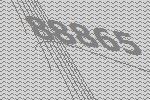
88865